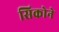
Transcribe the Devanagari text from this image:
सिकोने